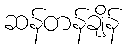
ဆန်တန်ချိန်